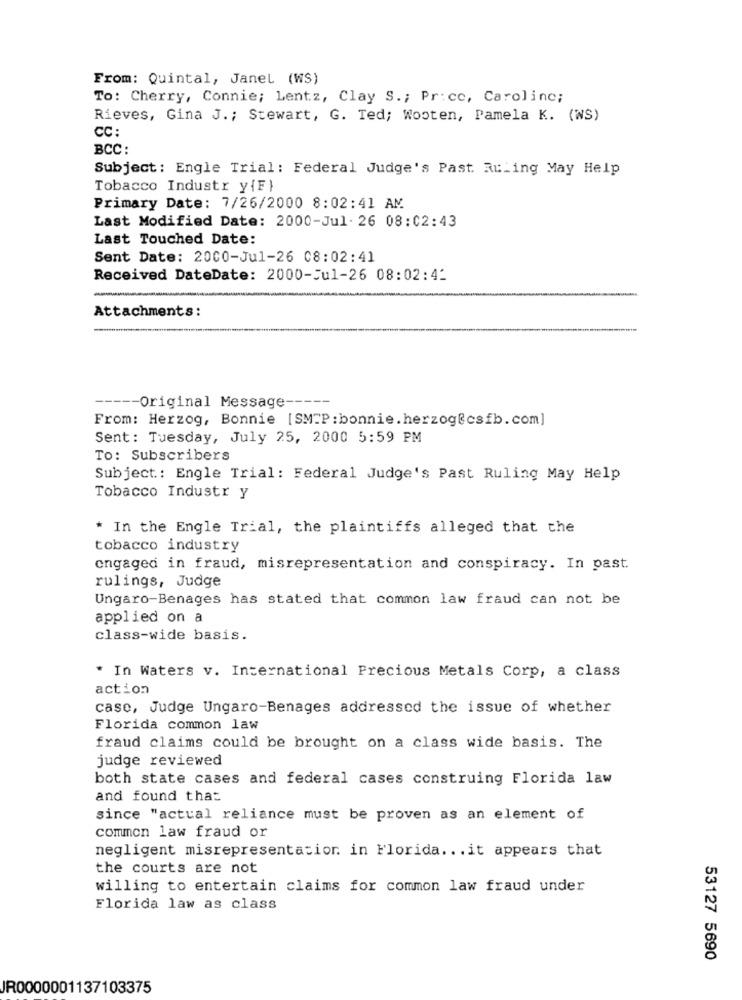
From: Quintal, Janel (WS)
To: Cherry, Connie; Lentz, Clay S .; Pr: cc, Caroline;
Rieves, Gina J .; Stewart, G. Ted; Wooten, Pamela K. (WS)
CC :
BCC:
Subject: Engle Trial: Federal Judge's Past Ruling May Help
Tobacco Industr y{F}
Primary Date: 7/26/2000 8:02:41 AM
Last Modified Date: 2000-Jul. 26 08:02:43
Last Touched Date:
Sent Date: 2000-Jul-26 08:02:41
Received DateDate: 2000-Jul-26 08:02:4_
Attachments:
Original Message --
From: Herzog, Bonnie [SMTP : bonnie. herzog&csfb. com]
Sent: Tuesday, July 25, 2000 5:59 PM
To: Subscribers
Subject: Engle Trial: Federal Judge's Past Ruling May Help
Tobacco Industr y
* In the Engle Trial, the plaintiffs alleged that the
tobacco industry
engaged in fraud, misrepresentation and conspiracy. In past.
rulings, Judge
Ungaro-Benages has stated that common law fraud can not be
applied on a
class-wide basis.
* In Waters v. International Precious Metals Corp, a class
action
case, Judge Ungaro-Benages addressed the issue of whether
Florida common law
fraud claims could be brought on a class wide basis. The
judge reviewed
both state cases and federal cases construing Florida law
and found that
since "actual reliance must be proven as an element of
common law fraud or
negligent misrepresentation. in Florida ... it appears that
the courts are not
willing to entertain claims for common law fraud under
Florida law as class
53127 5690
JR0000001137103375